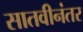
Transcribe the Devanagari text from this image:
सातवीनंतर